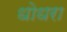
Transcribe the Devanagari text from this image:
धोधरा